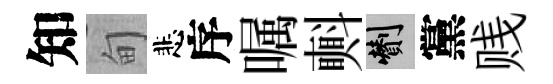
知甸悲序嘱㪺剪黨贱